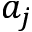
a _ { j }